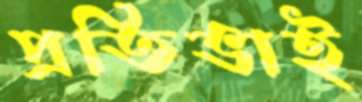
প্রতিভাই